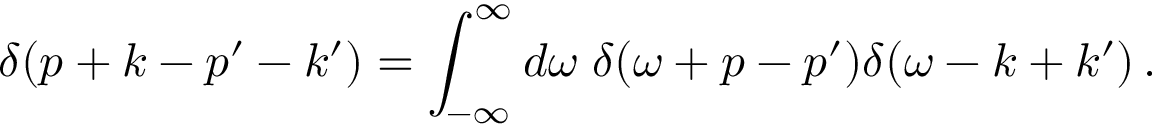
\delta ( p + k - p ^ { \prime } - k ^ { \prime } ) = \int _ { - \infty } ^ { \infty } d \omega \; \delta ( \omega + p - p ^ { \prime } ) \delta ( \omega - k + k ^ { \prime } ) \, .